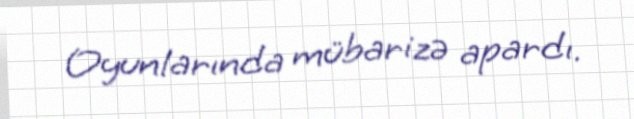
Oyunlarında mübarizə apardı.